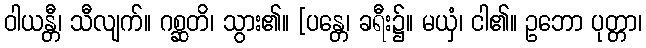
ဝါယန္တီ၊ သီလျက်။ ဂစ္ဆတိ၊ သွား၏။ [ပန္တေ၊ ခရီး၌။ မယှံ၊ ငါ၏။ ဥဘော ပုတ္တာ၊